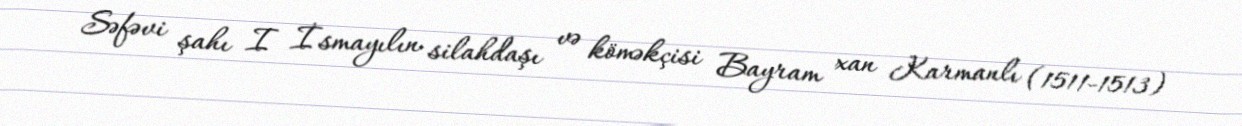
Səfəvi şahı I İsmayılın silahdaşı və köməkçisi Bayram xan Karmanlı (1511-1513)